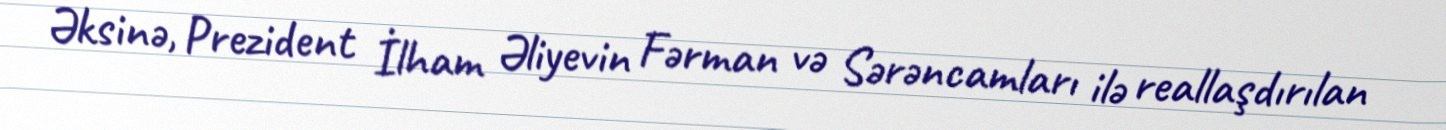
Əksinə, Prezident İlham Əliyevin Fərman və Sərəncamları ilə reallaşdırılan